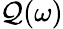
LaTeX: \mathcal{Q}(\omega)